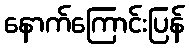
နောက်ကြောင်းပြန်